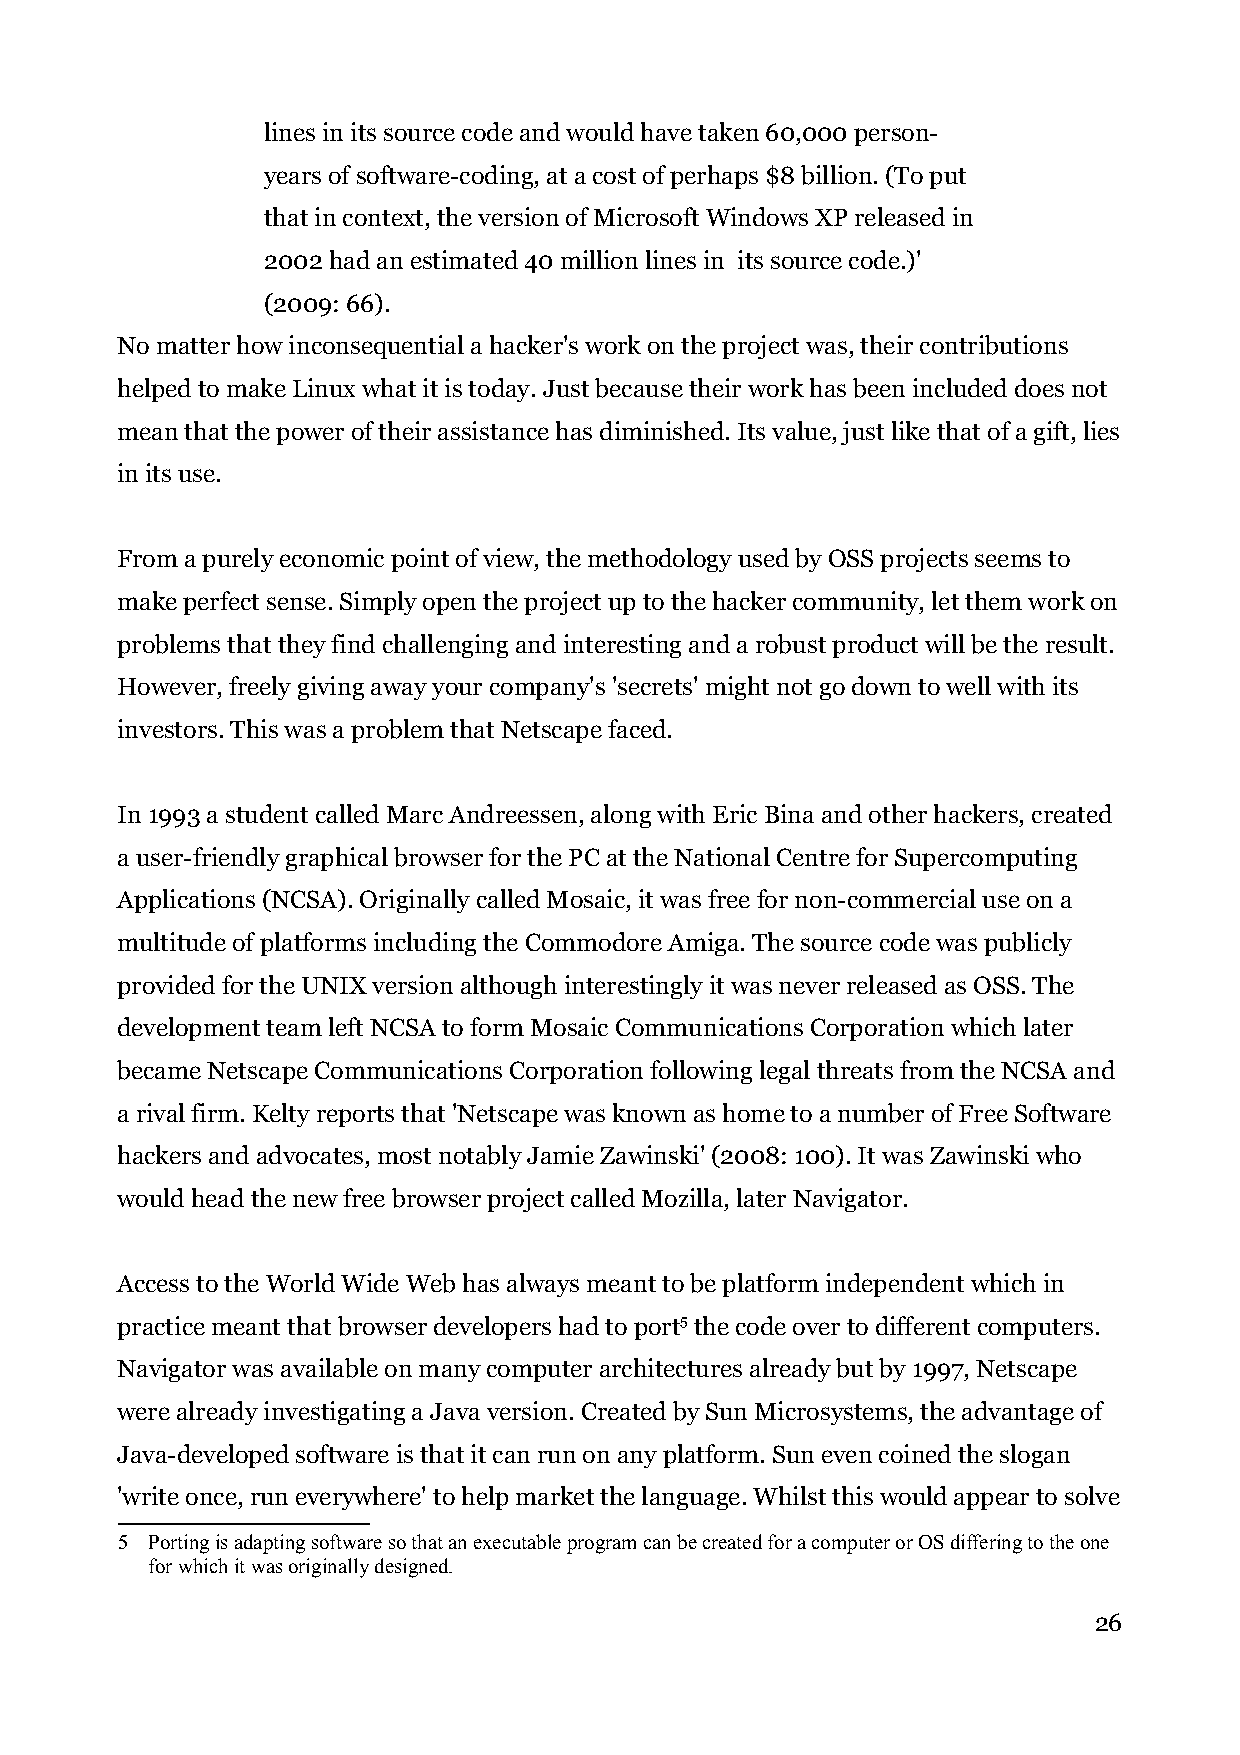
lines in its source code and would have taken 60,000 person-
 years of software-coding, at a cost of perhaps $8 billion. (To put
 that in context, the version of Microsoft Windows XP released in
 2002 had an estimated 40 million lines in its source code.)'
 (2009: 66).
 No matter how inconsequential a hacker's work on the project was, their contributions
 helped to make Linux what it is today. Just because their work has been included does not
 mean that the power of their assistance has diminished. Its value, just like that of a gift, lies
 in its use.
 From a purely economic point of view, the methodology used by OSS projects seems to
 make perfect sense. Simply open the project up to the hacker community, let them work on
 problems that they find challenging and interesting and a robust product will be the result.
 However, freely giving away your company's 'secrets' might not go down to well with its
 investors. This was a problem that Netscape faced.
 In 1993 a student called Marc Andreessen, along with Eric Bina and other hackers, created
 a user-friendly graphical browser for the PC at the National Centre for Supercomputing
 Applications (NCSA). Originally called Mosaic, it was free for non-commercial use on a
 multitude of platforms including the Commodore Amiga. The source code was publicly
 provided for the UNIX version although interestingly it was never released as OSS. The
 development team left NCSA to form Mosaic Communications Corporation which later
 became Netscape Communications Corporation following legal threats from the NCSA and
 a rival firm. Kelty reports that 'Netscape was known as home to a number of Free Software
 hackers and advocates, most notably Jamie Zawinski' (2008: 100). It was Zawinski who
 would head the new free browser project called Mozilla, later Navigator.
 Access to the World Wide Web has always meant to be platform independent which in
 practice meant that browser developers had to port5 the code over to different computers.
 Navigator was available on many computer architectures already but by 1997, Netscape
 were already investigating a Java version. Created by Sun Microsystems, the advantage of
 Java-developed software is that it can run on any platform. Sun even coined the slogan
 'write once, run everywhere' to help market the language. Whilst this would appear to solve
 5 Porting is adapting software so that an executable program can be created for a computer or OS differing to the one
 for which it was originally designed.
 26